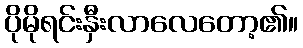
ပိုမိုရင်းနှီးလာလေတော့၏။